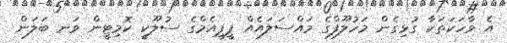
އެ ވާހަކަތަކާ ގުޅިގެން މަހުލޫފްގެ މައްސަލައެއް ޕީޕީއެމްގެ ސުލޫކީ ކޮމިޓީން ވަނ ބަލަން